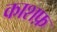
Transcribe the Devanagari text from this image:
काशफ़